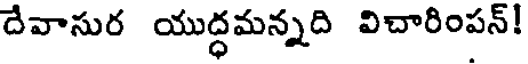
దేవాసుర యుద్ధమన్నది విచారింపన్!